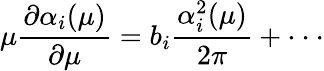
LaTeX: \mu\frac{\partial\alpha_{i}(\mu)}{\partial\mu}=b_{i}\frac{\alpha_{i}^{2}(\mu)}{2\pi}+\cdot\cdot\cdot